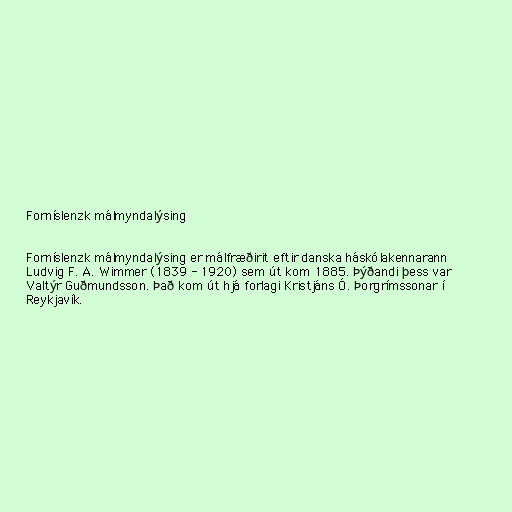
Forníslenzk málmyndalýsing

Forníslenzk málmyndalýsing er málfræðirit eftir danska háskólakennarann
Ludvig F. A. Wimmer (1839 - 1920) sem út kom 1885. Þýðandi þess var
Valtýr Guðmundsson. Það kom út hjá forlagi Kristjáns Ó. Þorgrímssonar í
Reykjavík.